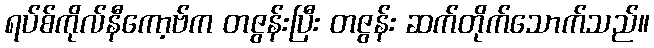
ရပ်စ်ကိုလ်နီကော့ဗ်က တဇွန်းပြီး တဇွန်း ဆက်တိုက်သောက်သည်။